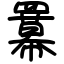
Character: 羃